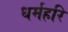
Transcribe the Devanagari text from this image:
धर्महरि